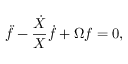
\ddot { f } - \frac { \dot { X } } { X } \dot { f } + \Omega f = 0 ,